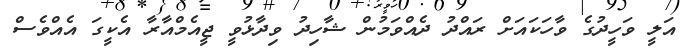
އަލީ ވަހީދުގެ ވާހަކައަށް ރައްދު ދެއްވަމުން ޝާހިދު ވިދާޅުވީ ޖީއެމްއާރާ އެކީގަ އެއްވެސް